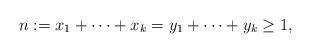
LaTeX: \begin{align*}n := x_1+\cdots +x_k = y_1+\cdots+y_k\ge1,\end{align*}